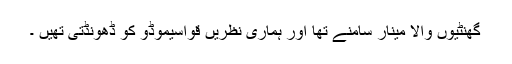
گھنٹیوں والا مینار سامنے تھا اور ہماری نظریں قواسیموڈو کو ڈھونڈتی تھیں ۔